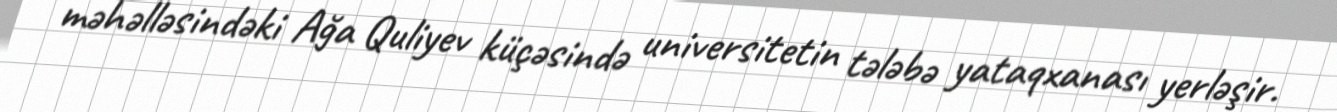
məhəlləsindəki Ağa Quliyev küçəsində universitetin tələbə yataqxanası yerləşir.